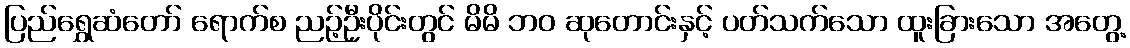
ပြည်ရွှေဆံတော် ရောက်စ ညဉ့်ဦးပိုင်းတွင် မိမိ ဘဝ ဆုတောင်းနှင့် ပတ်သက်သော ထူးခြားသော အတွေ့